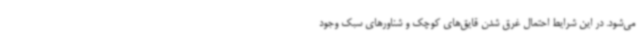
می‌شود. در این شرایط احتمال غرق شدن قایق‌های کوچک و شناورهای سبک وجود